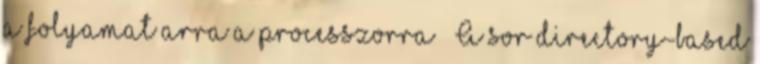
a folyamat arra a processzorra ● A sor directory-based